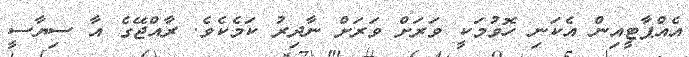
އެއްޕާޓީއިން އެކަނި ހޮވުމަކީ ވަރަށް ވަރަށް ނާދިރު ކަމެކެވެ. ރާއްޖޭގެ އާ ސިޔާސީ